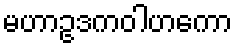
မဟာဥဒကဝါဟကော